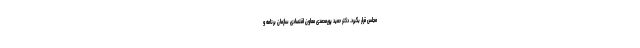
مجلس قرار بگیرد. دکتر حمید پورمحمدی معاون اقتصادی سازمان برنامه و